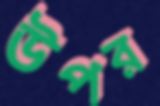
উপর